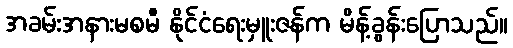
အခမ်းအနားမစမီ နိုင်ငံရေးမှူးဇန်က မိန့်ခွန်းပြောသည်။